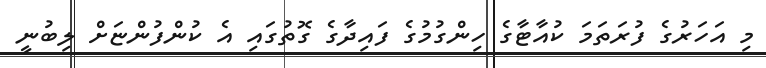
މި އަހަރުގެ ފުރަތަމަ ކުއާޓާގެ ހިންގުމުގެ ފައިދާގެ ގޮތުގައި އެ ކުންފުންޏަށް ލިބުނީ